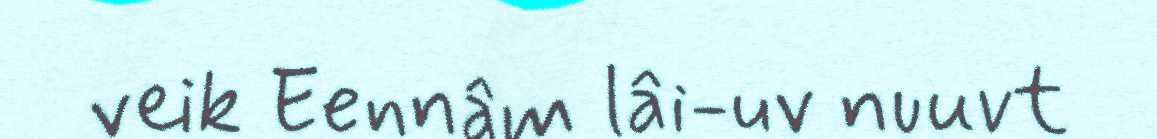
veik Eennâm lâi-uv nuuvt